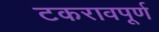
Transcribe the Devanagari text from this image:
टकरावपूर्ण